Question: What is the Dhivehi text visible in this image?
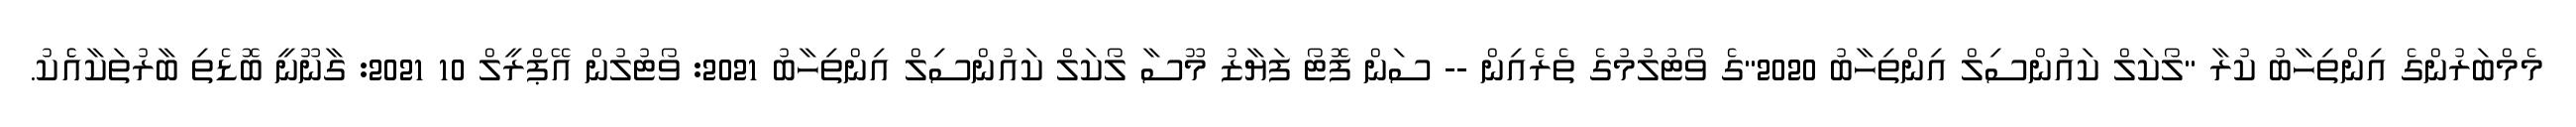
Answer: މެމްބަރުންގެ އިންތިހާބު ކުރާ "ލޯކަލް ކައުންސިލް އިންތިހާބު 2020"ގެ ވޯޓުލުމުގެ ތެރެއިން -- ސަން ފޮޓޯ ފަޔާޒު މޫސާ ލޯކަލް ކައުންސިލް އިންތިހާބު 2021: ވޯޓުލުން އޭޕްރީލް 10 2021: ގާނޫނީ ބޮޑެތި ބާރުތަކާއެެކު.